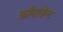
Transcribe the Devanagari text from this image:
कॉपरबेल्ट